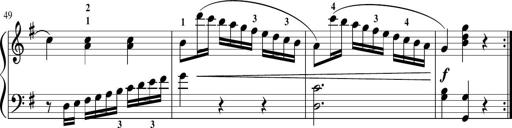
Title: Sonatina in G major
Composer: Friedrich Kuhlau
Key: G major